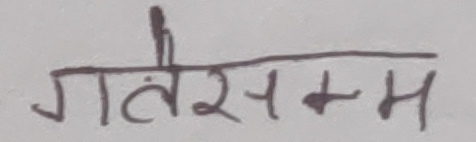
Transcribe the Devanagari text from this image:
गरेसम